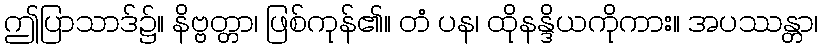
ဤပြာသာဒ်၌။ နိဗ္ဗတ္တာ၊ ဖြစ်ကုန်၏။ တံ ပန၊ ထိုနန္ဒိယကိုကား။ အပဿန္တာ၊